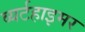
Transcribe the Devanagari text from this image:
व्यर्टहाइमर